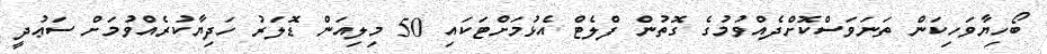
ބޯހިޔާވަހިކަން ތަނަވަސްކޮށްދެއްވުމުގެ ގޮތުން ފްލެޓް އެޅުމަށްޓަކައި 50 މިލިއަން ޑޮލަރު ހަދިޔާކުރެއްވުމަށް ސަޢުދީ